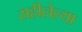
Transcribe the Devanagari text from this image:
राहीलेल्या